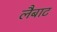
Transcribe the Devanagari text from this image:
लैबाट